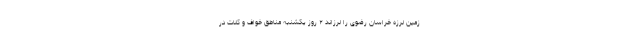
زمین‌ لرزه خراسان‌ رضوی را لرزاند ۲ روز یکشنبه مناطق خواف و کلات در